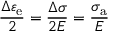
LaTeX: { \frac { \Delta \varepsilon _ { \mathrm { e } } } { 2 } } = { \frac { \Delta \sigma } { 2 E } } = { \frac { \sigma _ { \mathrm { a } } } { E } }